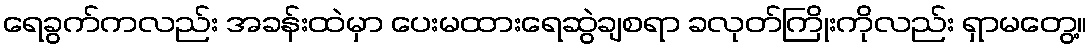
ရေခွက်ကလည်း အခန်းထဲမှာ ပေးမထားရေဆွဲချစရာ ခလုတ်ကြိုးကိုလည်း ရှာမတွေ့။